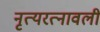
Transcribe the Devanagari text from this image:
नृत्यरत्नावली